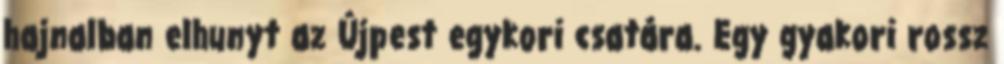
hajnalban elhunyt az Újpest egykori csatára. Egy gyakori rossz